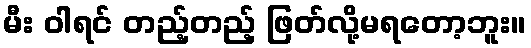
မီး ဝါရင် တည့်တည့် ဖြတ်လို့မရတော့ဘူး။